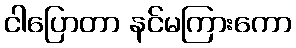
ငါပြောတာ နင်မကြားကော